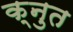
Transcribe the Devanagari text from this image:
क्नुत